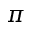
\pi